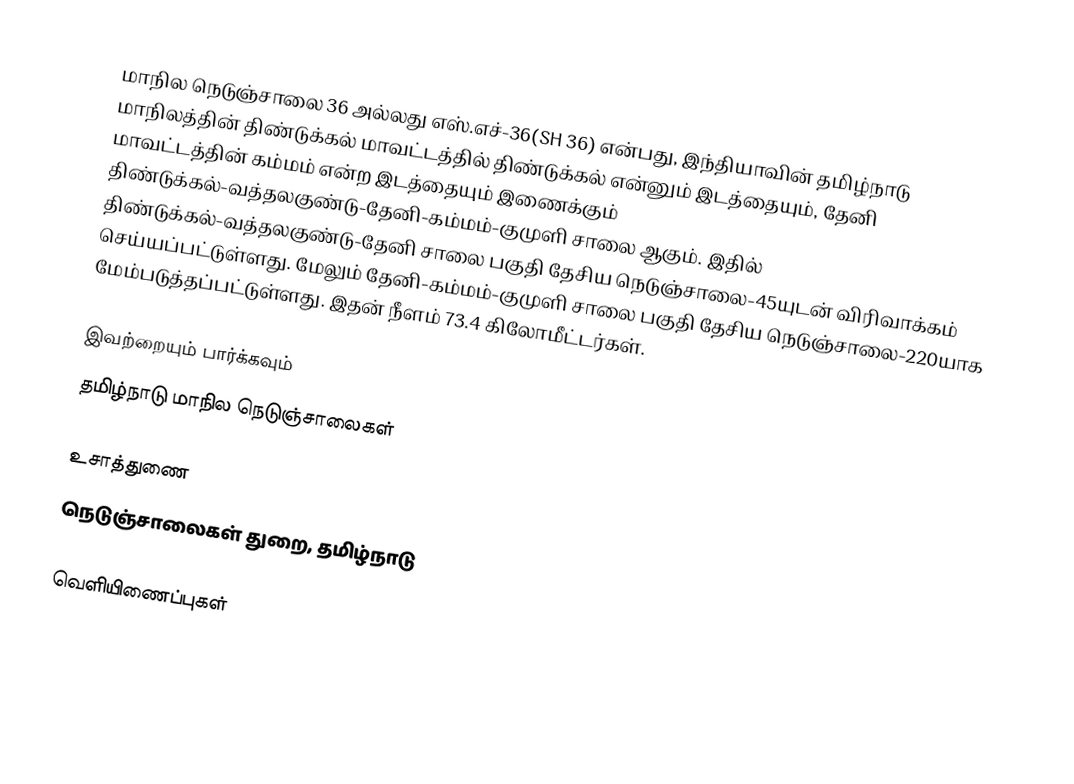
மாநில நெடுஞ்சாலை 36 அல்லது எஸ்.எச்-36(SH 36) என்பது, இந்தியாவின் தமிழ்நாடு மாநிலத்தின் திண்டுக்கல் மாவட்டத்தில் திண்டுக்கல் என்னும் இடத்தையும், தேனி மாவட்டத்தின் கம்மம் என்ற இடத்தையும் இணைக்கும் திண்டுக்கல்-வத்தலகுண்டு-தேனி-கம்மம்-குமுளி சாலை ஆகும். இதில் திண்டுக்கல்-வத்தலகுண்டு-தேனி சாலை பகுதி தேசிய நெடுஞ்சாலை-45யுடன் விரிவாக்கம் செய்யப்பட்டுள்ளது. மேலும் தேனி-கம்மம்-குமுளி சாலை பகுதி தேசிய நெடுஞ்சாலை-220யாக மேம்படுத்தப்பட்டுள்ளது. இதன் நீளம் 73.4  கிலோமீட்டர்கள்.

இவற்றையும் பார்க்கவும்
 தமிழ்நாடு மாநில நெடுஞ்சாலைகள்

உசாத்துணை
 நெடுஞ்சாலைகள் துறை, தமிழ்நாடு

வெளியிணைப்புகள்